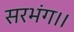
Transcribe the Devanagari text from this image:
सरभंग।।